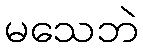
မသေဘဲ